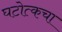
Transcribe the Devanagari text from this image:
घटोत्कचा